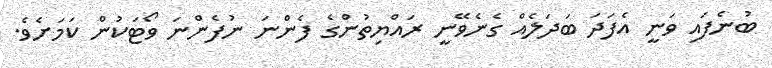
ބުނެފައި ވަނީ އެފަދަ ބަދަލެއް ގެނެވޭނީ ރައްޔިތުންގެ ފެންނަ ނުފެންނަ ވޯޓަކުން ކަމަށެވެ.